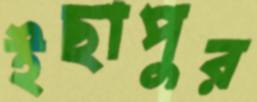
ইছাপুর